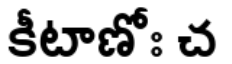
కీటాణోః చ